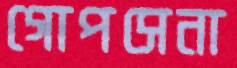
গোপসেনা